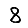
Digit: 8